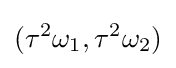
(\tau ^{2}\omega _{1},\tau ^{2}\omega _{2})